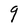
Character: g